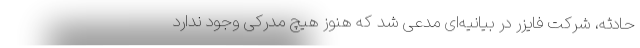
حادثه، شرکت فایزر در بیانیه‌ای مدعی شد که هنوز هیچ مدرکی وجود ندارد